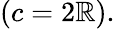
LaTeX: \displaystyle(c=2\mathbb{R}).